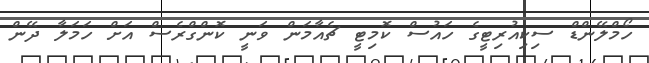
ހޯމްލޭންޑް ސިކިއުރިޓީގެ ހައުސް ކޮމިޓީ ޗެއާމަން ވަނީ ކޮންގްރެސް އަށް ހަމަލާ ދޭން